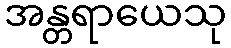
အန္တရာယေသု